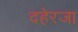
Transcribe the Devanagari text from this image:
दहेरजा